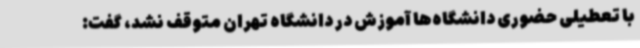
با تعطیلی حضوری دانشگاه‌ها آموزش در دانشگاه تهران متوقف نشد، گفت: